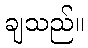
ချသည်။